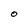
Character: O